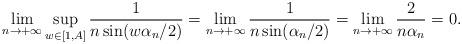
LaTeX: \begin{align*}\lim\limits_{n\to+\infty}\sup_{w\in[1,A]}\frac{1}{n\sin(w\alpha_n/2)}=\lim\limits_{n\to+\infty}\frac{1}{n\sin(\alpha_n/2)}=\lim\limits_{n\to+\infty}\frac{2}{n\alpha_n}=0.\end{align*}